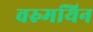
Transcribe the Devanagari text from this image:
वरुमयिन